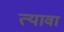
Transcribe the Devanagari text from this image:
त्यावा